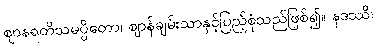
ဈာနရတိသမပ္ပိတော၊ ဈာန်ချမ်းသာနှင့်ပြည့်စုံသည်ဖြစ်၍။ နဒဿိ၊